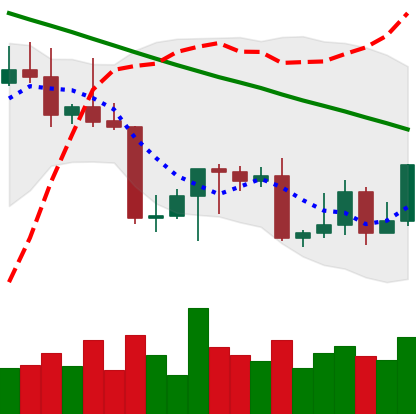
Ticker: LTC-USD
Chart end date: 2022-09-01
Forward return: -5.588%
Label: down_5_7